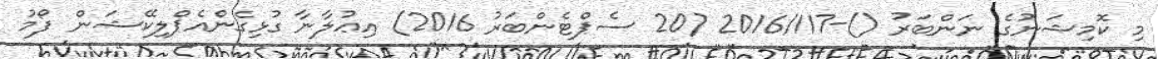
މި ކޮމިޝަނުގެ ނަންބަރު ()-2016/117 (20 ސެޕްޓެންބަރު 2016) އިޢުލާނާ ގުޅިގެންއެޕްލިކޭޝަން ފޯމު